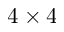
4 \times 4